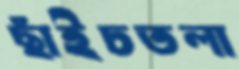
ছাঁইচতলা